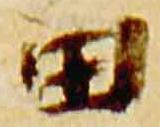
田